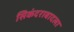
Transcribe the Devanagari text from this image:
सिकंदराबादला